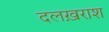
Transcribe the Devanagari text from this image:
दलख़राश